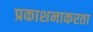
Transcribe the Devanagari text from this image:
प्रकाशनाकरता